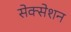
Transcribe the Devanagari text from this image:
सेक्सेशन